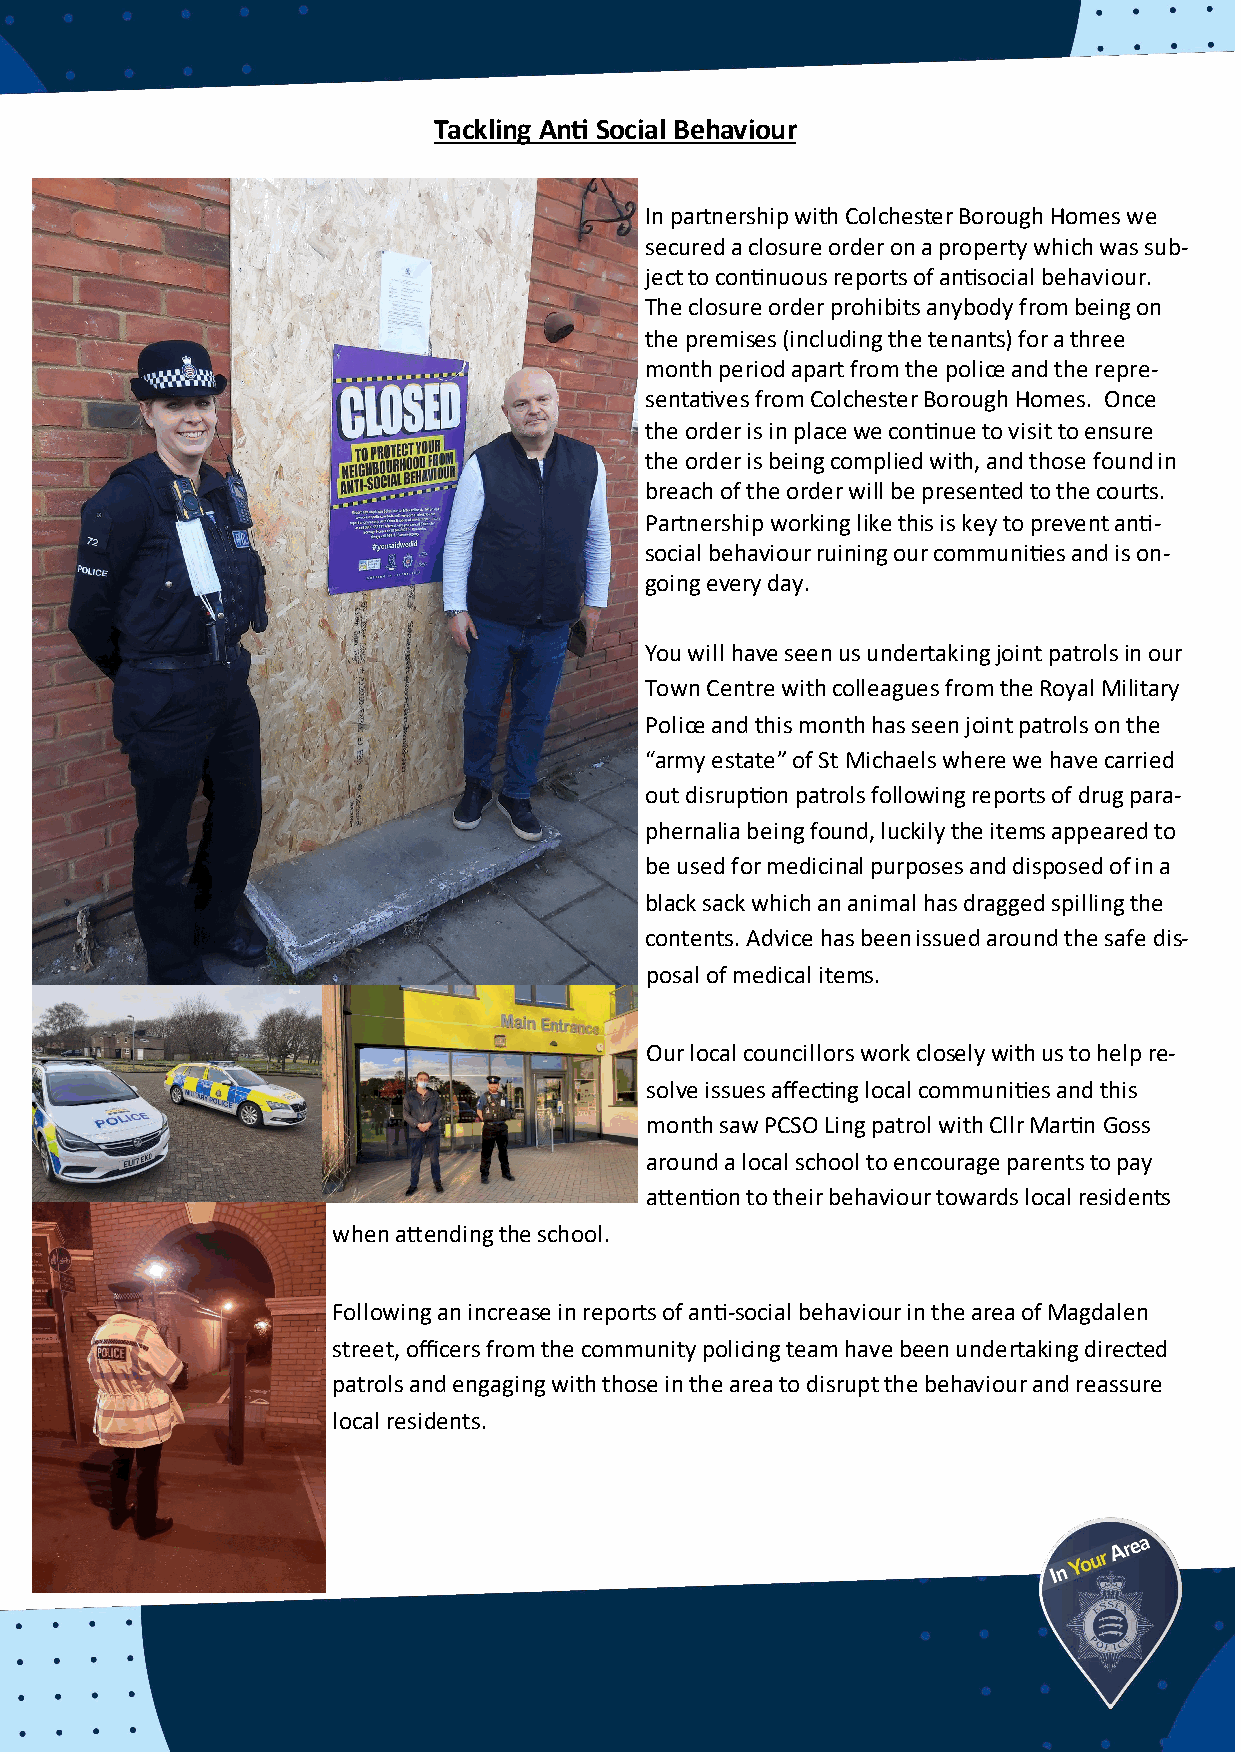
Tackling Anti Social Behaviour
 In partnership with Colchester Borough Homes we
 secured a closure order on a property which was sub-
 ject to continuous reports of antisocial behaviour.
 The closure order prohibits anybody from being on
 the premises (including the tenants) for a three
 month period apart from the police and the repre-
 sentatives from Colchester Borough Homes. Once
 the order is in place we continue to visit to ensure
 the order is being complied with, and those found in
 breach of the order will be presented to the courts.
 Partnership working like this is key to prevent anti-
 social behaviour ruining our communities and is on-
 going every day.
 You will have seen us undertaking joint patrols in our
 Town Centre with colleagues from the Royal Military
 Police and this month has seen joint patrols on the
 “army estate” of St Michaels where we have carried
 out disruption patrols following reports of drug para-
 phernalia being found, luckily the items appeared to
 be used for medicinal purposes and disposed of in a
 black sack which an animal has dragged spilling the
 contents. Advice has been issued around the safe dis-
 posal of medical items.
 Our local councillors work closely with us to help re-
 solve issues affecting local communities and this
 month saw PCSO Ling patrol with Cllr Martin Goss
 around a local school to encourage parents to pay
 attention to their behaviour towards local residents
 when attending the school.
 Following an increase in reports of anti-social behaviour in the area of Magdalen
 street, officers from the community policing team have been undertaking directed
 patrols and engaging with those in the area to disrupt the behaviour and reassure
 local residents.